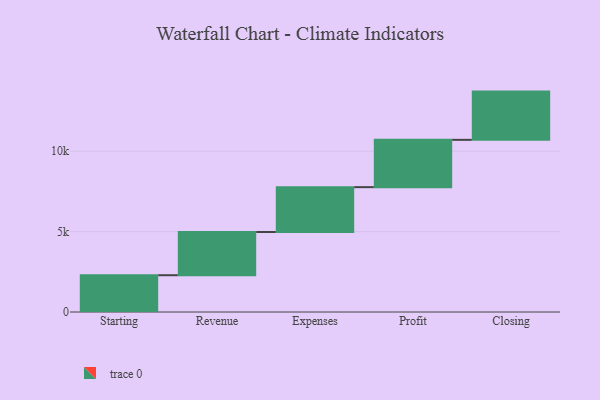
{"axis": {"x": "Step", "y": "Value"}, "legend": [""], "data": [{"x": "Starting", "y": 2287.0, "type": ""}, {"x": "Revenue", "y": 2689.0, "type": ""}, {"x": "Expenses", "y": 2788.0, "type": ""}, {"x": "Profit", "y": 2942.0, "type": ""}, {"x": "Closing", "y": 3000, "type": ""}]}